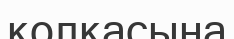
қолқасына